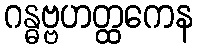
ဂန္ဓဗ္ဗဟတ္ထကေန